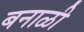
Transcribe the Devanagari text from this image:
बनाळी